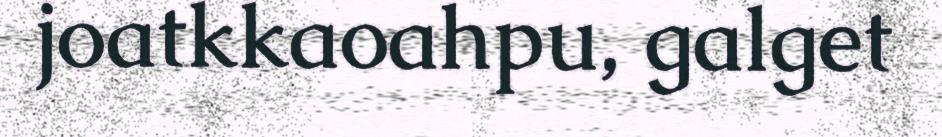
joatkkaoahpu, galget